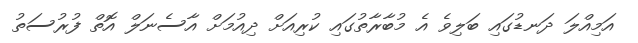
އަމިއްލަ ދަނޑުގައި ބަލިވެ އެ މުބާރާތުގައި ކުރިއަށް ދިއުމަށް އާސެނަލް އޮތް ފުރުސަތު